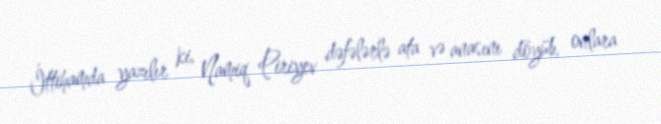
İttihamda yazılır ki, Namiq Piriyev dəfələrlə ata və anasını döyüb, onlara